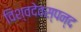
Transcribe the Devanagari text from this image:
विश्वदेवस्पन्द